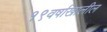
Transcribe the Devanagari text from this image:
१९वर्षाखालील